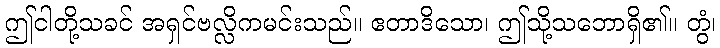
ဤငါတို့သခင် အရှင်ဗလ္လိကမင်းသည်။ ဧတာဒိသော၊ ဤသို့သဘောရှိ၏။ တွံ၊